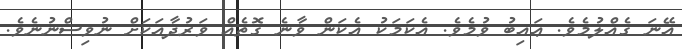
އޭނަ ގެއްލުމެވެ. ޢައިބު ވުމެވެ. އެކަމަކު އެކަން ވާނެ ގޮތެއް ވަރުދާއަކަށް ނުވިސްނުނެވެ.